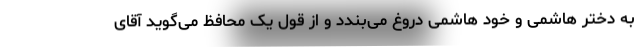
به دختر هاشمی و خود هاشمی دروغ می‌بندد و از قول یک محافظ می‌گوید آقای